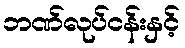
ဘဏ်လုပ်ငန်းနှင့်